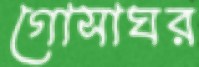
গোসাঘর